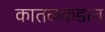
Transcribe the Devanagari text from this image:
कातळकडाच